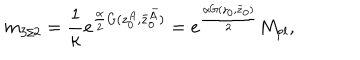
m _ { 3 / 2 } = \frac { 1 } { \kappa } e ^ { \frac { \alpha } { 2 } G ( z _ { 0 } ^ { A } , \bar { z } _ { 0 } ^ { \bar { A } } ) } = e ^ { \frac { \alpha G ( z _ { 0 } , \bar { z } _ { 0 } ) } { 2 } } M _ { p l } ,